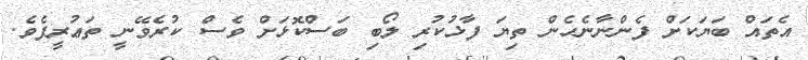
އެތައް ބަޔަކަށް ފެންނާނެހެން ތިޔަ ފާޅުކުރި ލޯބި ބަސްކޮޅަށް ވެސް ކުރެވޭނީ ތަޢުރީފެވެ.